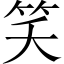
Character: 笑